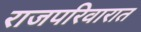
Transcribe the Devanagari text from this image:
राजपरिवारात